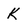
Character: K